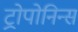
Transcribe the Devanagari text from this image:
ट्रोपोनिन्स